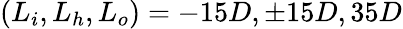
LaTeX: (L_{i},L_{h},L_{o})=-15D,\pm 15D,35D